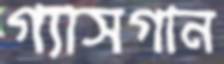
গ্যাসগান